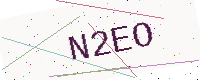
Text: N2EO